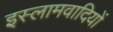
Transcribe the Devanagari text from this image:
इस्लामवादियों